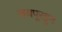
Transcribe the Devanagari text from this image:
जयपूरहुन